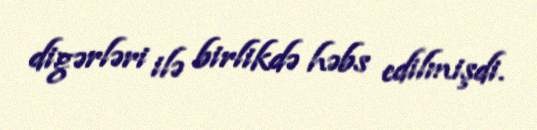
digərləri ilə birlikdə həbs edilmişdi.